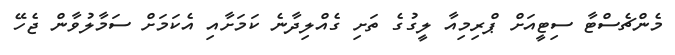
މެންޗެސްޓާ ސިޓީއަށް ޕްރިމިއާ ލީގުގެ ތަށި ގެއްލިދާނެ ކަމަށާއި އެކަމަށް ސަމާލުވާން ޖެހޭ